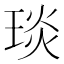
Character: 琰